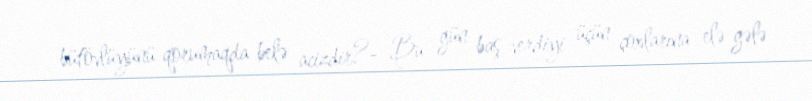
bütövlüyünü qorumaqda belə acizdir?- Bu gün baş verdiyi üçün çoxlarına elə gələ